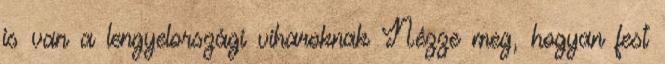
is van a lengyelországi viharoknak Nézze meg, hogyan fest